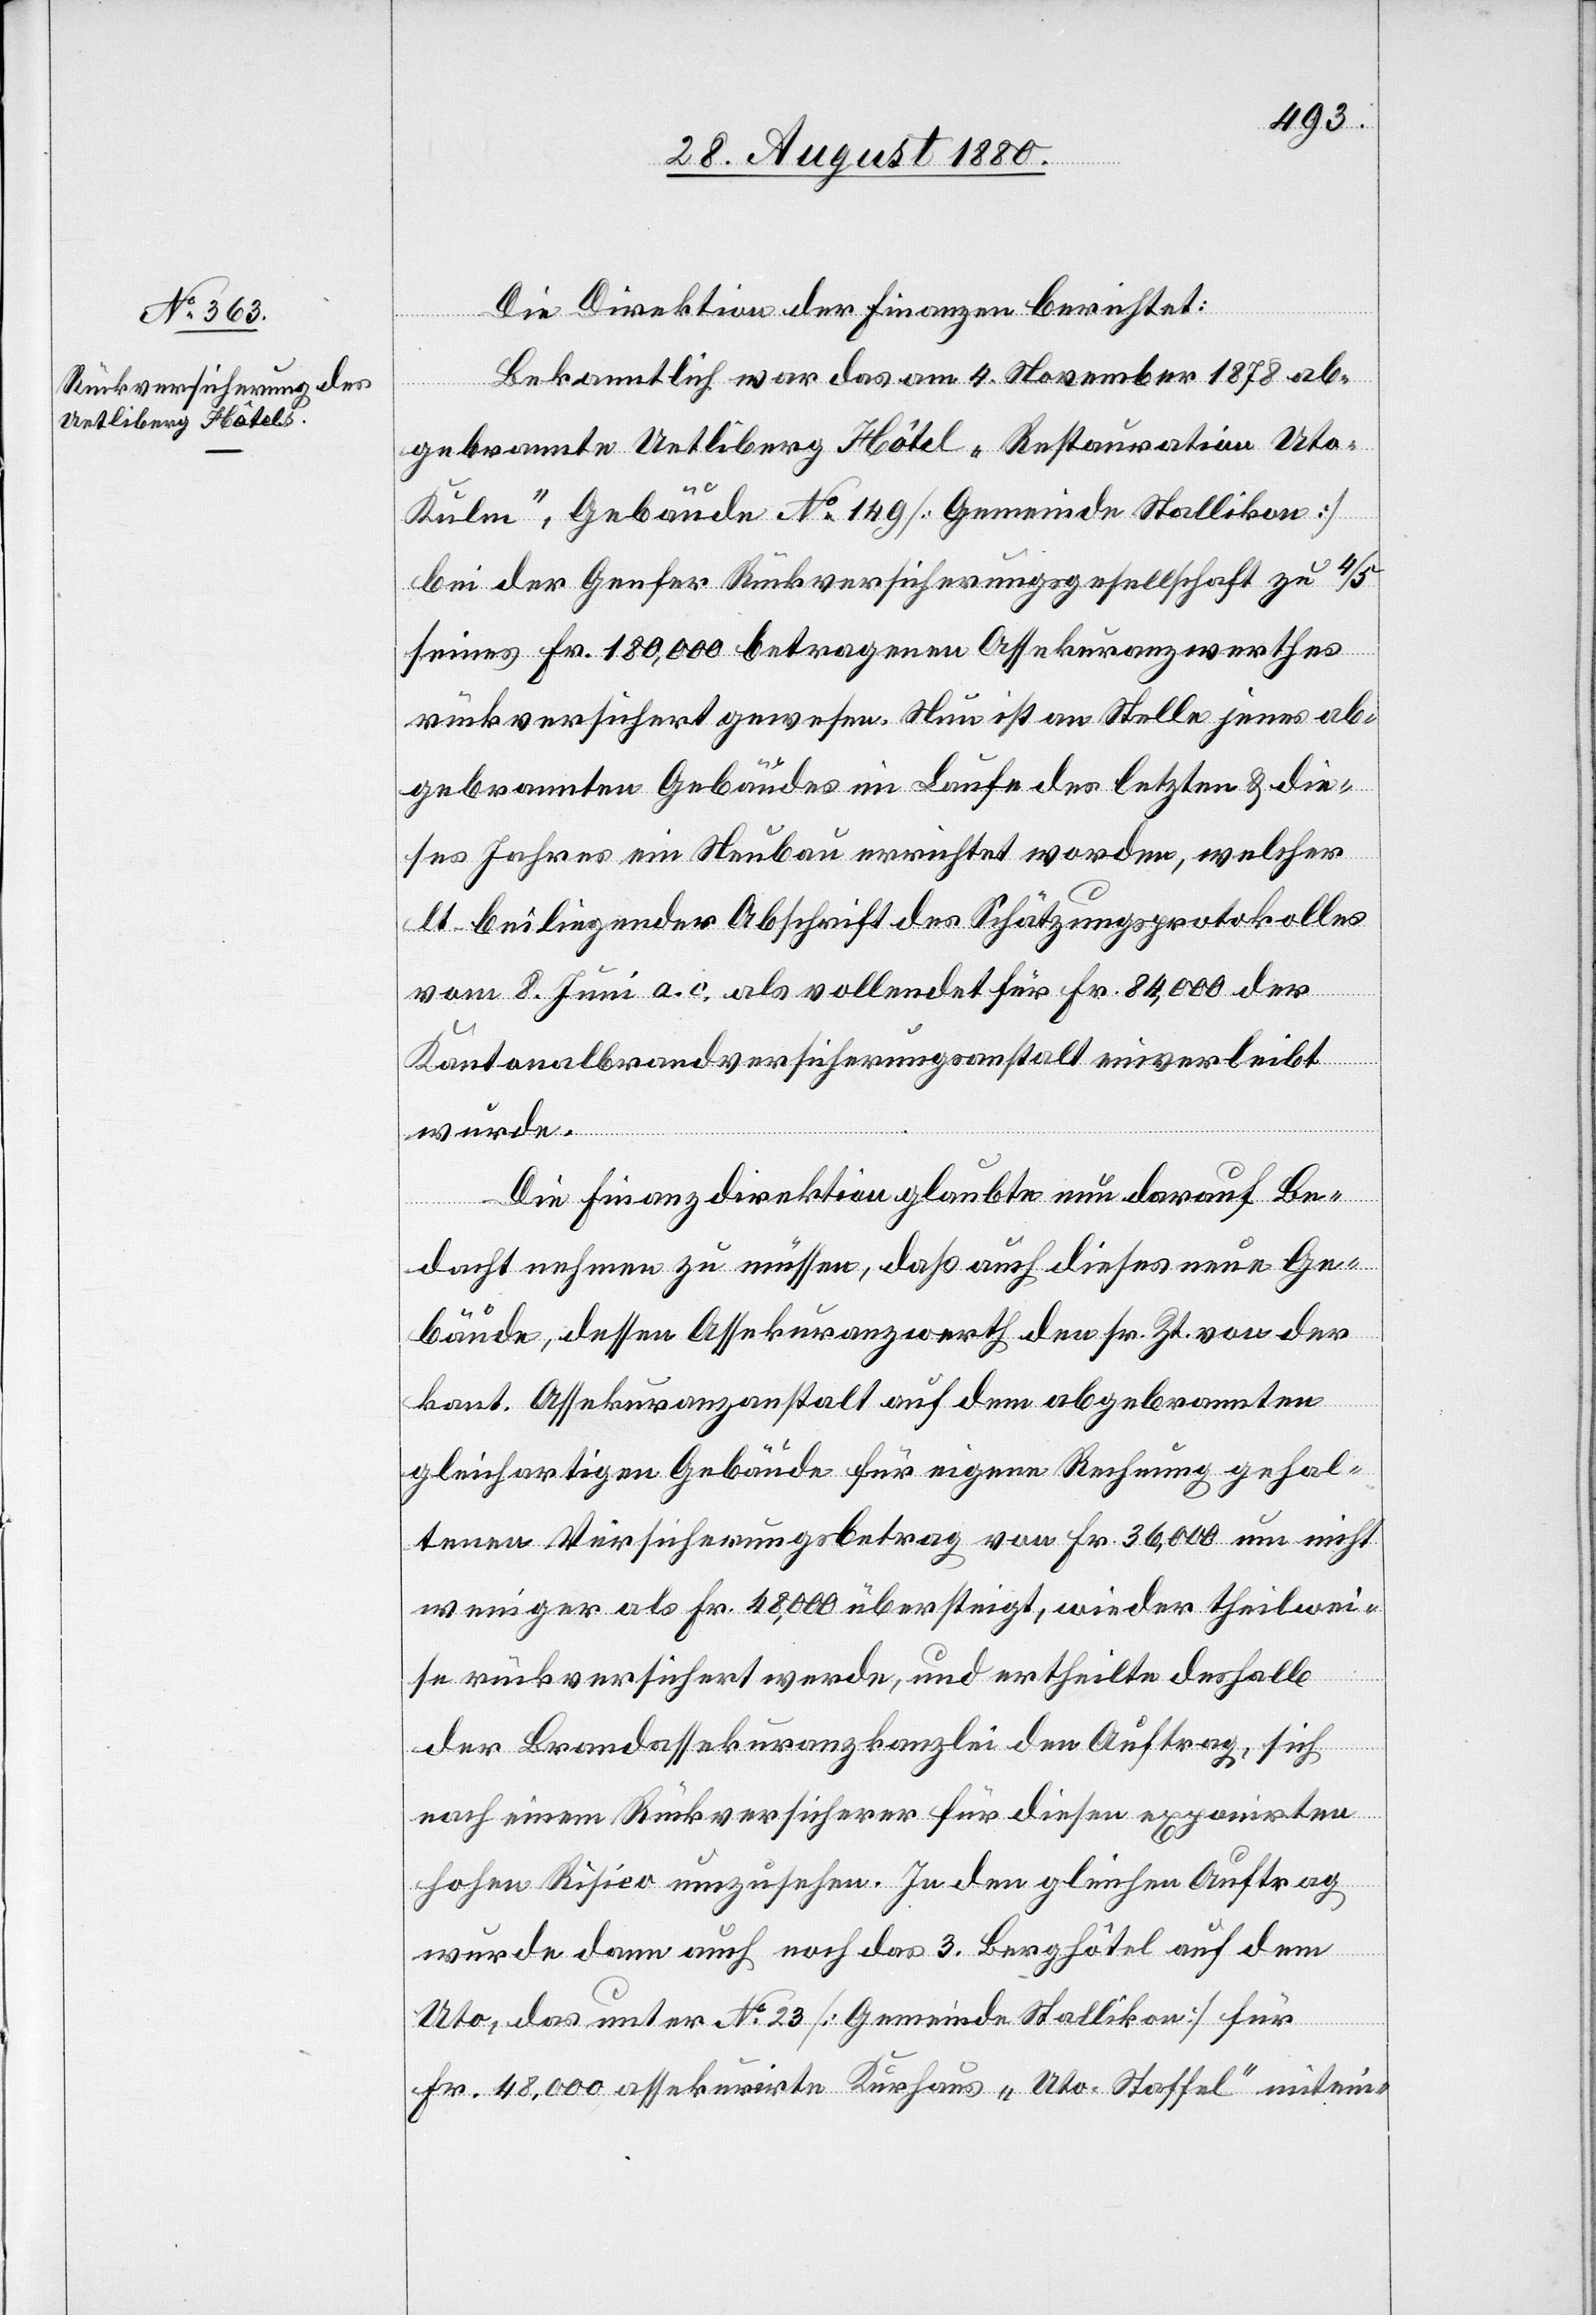
Die Direktion der Finanzen berichtet:
Bekanntlich war das am 4. November 1878 ab¬
gebrannte Uetliberg Hotel „Restauration Uto-K¬
ulm“, Gebäude No 149 [Gemeinde Stallikon]
bei der Genfer Rückversicherungsgesellschaft zu 4/5
seines Fr. 180,000 betragenden Assekuranzwerthes
rückversichert gewesen. Nun ist an Stelle jenes ab¬
gebrannten Gebäudes im Laufe der letzten & die¬
ses Jahres ein Neubau errichtet worden, welcher
lt. beiliegender Abschrift des Schätzungsprotokolls
vom 8. Juni a. c. als vollendet für Fr. 84,000 der
Kantonalbrandversicherungsanstalt einverleibt
wurde.
Die Finanzdirektion glaubte nun darauf Be¬
dacht nehmen zu müssen, daß auch dieses neue Ge¬
bäude, dessen Assekuranzwerth den sr. Zt. von der
kant. Assekuranzanstalt auf dem abgebrannten
gleichartigen Gebäude für eigene Rechnung gehal¬
tenen Versicherungsbetrag von Fr. 36,000 um nicht
weniger als Fr. 48,000 übersteigt, wieder theilwei¬
se rückversichert werde, und ertheilte deshalb
der Brandassekuranzkanzlei den Auftrag, sich
nach einem Rückversicherer für diesen exponirten
hohen Risico umzusehen. In den gleichen Auftrag
wurde dann auch noch das 3. Berghotel auf dem
Uto, das unter No 23 [Gemeinde Stallikon] für
Fr. 48,000 assekurirte Kurhaus „Uto-Staffel“ mitein-